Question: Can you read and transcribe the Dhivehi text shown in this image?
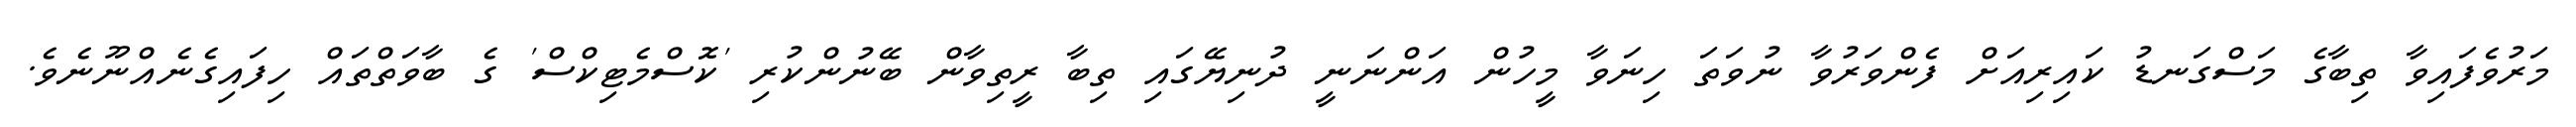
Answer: މަރުވެފައިވާ ތިބާގެ މަސްގަނޑު ކައިރިއަށް ފެންވަރުވާ ނުވަތަ ހިނަވާ މީހުން އަންނަނީ ދުނިޔޭގައި ތިބާ ރީތިވާން ބޭނުންކުރި 'ކޮސްމެޓިކްސް' ގެ ބާވަތްތައް ހިފައިގެނެއްނޫނެވެ.